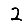
Digit: 2